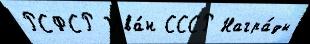
РСФСР Ива́н СССР Награ́ды